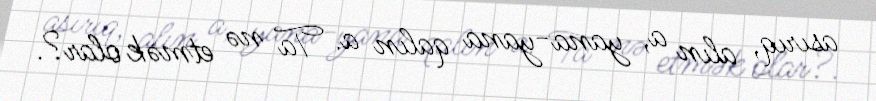
asırıq, alın a, yana-yana qalın a. Ta nə etmək olar?.